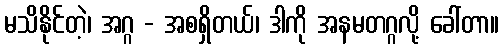
မသိနိုင်တဲ့၊ အဂ္ဂ - အစရှိတယ်၊ ဒါကို အနမတဂ္ဂလို့ ခေါ်တာ။